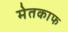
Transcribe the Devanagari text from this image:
मेतकाफ